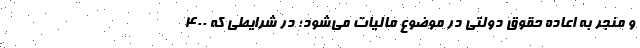
و منجر به اعاده حقوق دولتی در موضوع مالیات می‌شود؛ در شرایطی که ۴۰۰